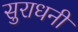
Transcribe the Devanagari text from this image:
सुराधनी